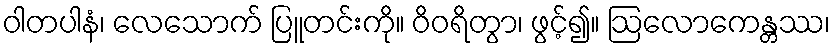
ဝါတပါနံ၊ လေသောက် ပြူတင်းကို။ ဝိဝရိတွာ၊ ဖွင့်၍။ ဩလောကေန္တဿ၊